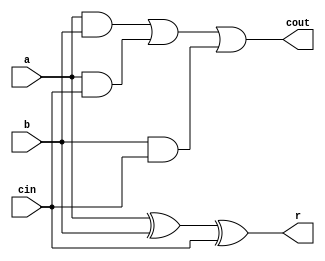
module fulladder_st(
output wire r,
output wire cout,
input wire a,
input wire b,
input wire cin) ;
assign r = (a ^ b) ^ (cin) ;
assign cout = (a & b) | ( a & cin ) | ( b & cin ) ;
endmodule